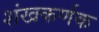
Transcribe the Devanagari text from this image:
शंखकर्णक